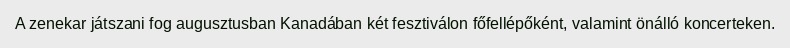
A zenekar játszani fog augusztusban Kanadában két fesztiválon főfellépőként, valamint önálló koncerteken.